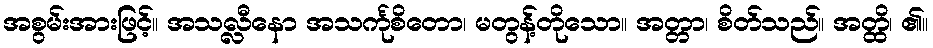
အစွမ်းအားဖြင့်။ အသလ္လီနော အသင်္ကုစိတော၊ မတွန့်တိုသော။ အတ္တာ၊ စိတ်သည်။ အတ္ထိ၊ ၏။